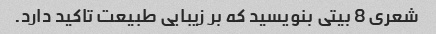
شعری 8 بیتی بنویسید که بر زیبایی طبیعت تاکید دارد.